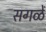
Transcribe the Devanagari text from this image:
सगळें